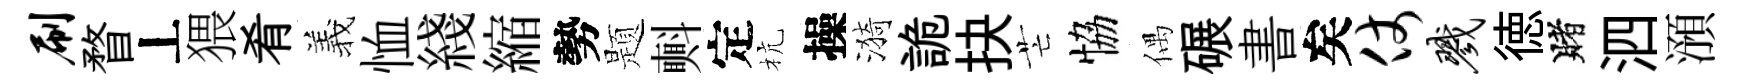
刷瞀丄猥肴羲恤綫縮勢题㪺定杭操漪詭抉芒恊偶碾書矣仗戮徳賭泗澦